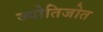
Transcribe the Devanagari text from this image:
ज्योतिजोत